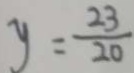
y = \frac { 2 3 } { 2 0 }